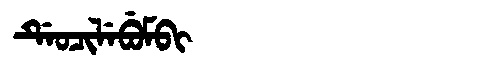
Manchu: ᡩᡝᠣᠴᡳᠯᡝᠪᡠᠮᠪᡳ
Romanization: DEOCILEBUMBI